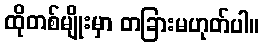
ထိုတစ်မျိုးမှာ တခြားမဟုတ်ပါ။